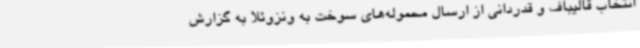
انتخاب قالیباف و قدردانی از ارسال محموله‌های سوخت به ونزوئلا به گزارش